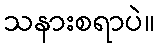
သနားစရာပဲ။